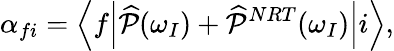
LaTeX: \alpha_{fi}=\left<f\middle|\widehat{\mathcal{P}}(\omega_{I})+\widehat{\mathcal{P}}^{NRT}(\omega_{I})\middle|i\right>,